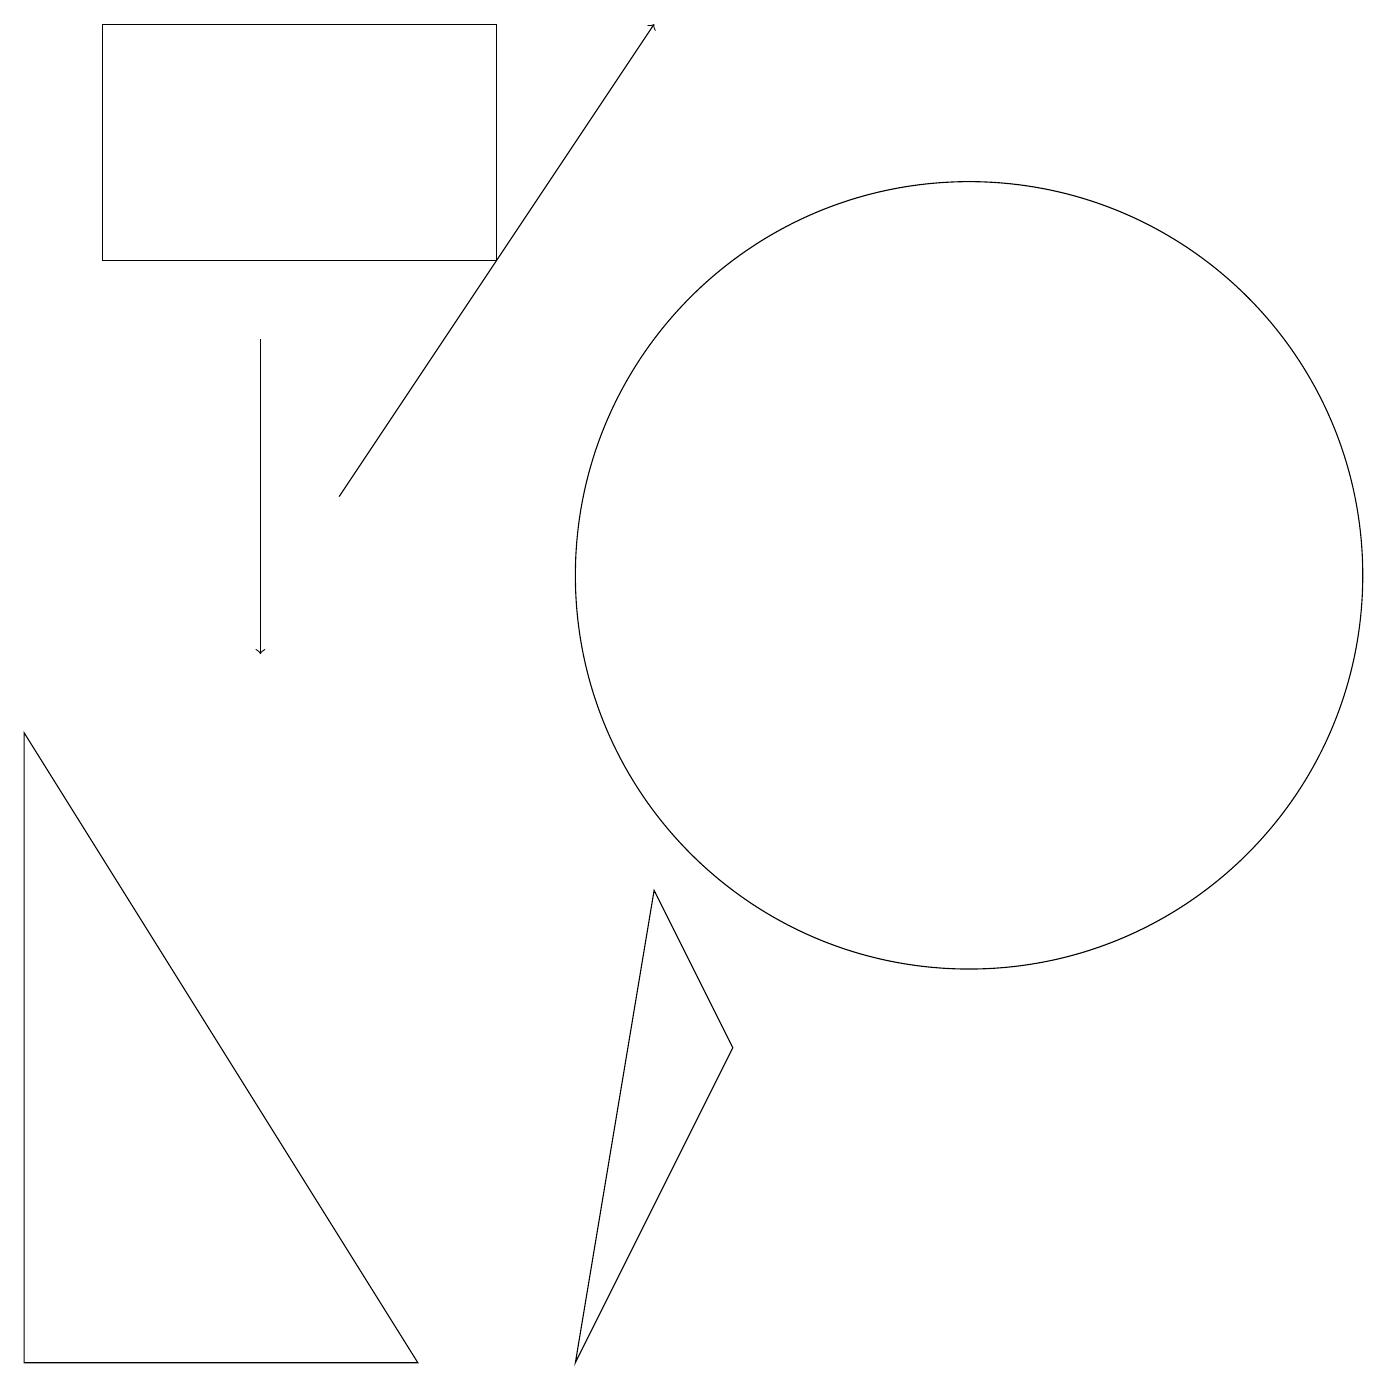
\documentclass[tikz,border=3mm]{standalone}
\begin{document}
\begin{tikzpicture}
\draw[->] (4,12) -- (8,18);
\draw (9,5) -- (7,1) -- (8,7) -- cycle;
\draw (1,18) rectangle (6,15);
\draw (12,11) circle (5);
\draw (10,12) circle (0);
\draw (0,1) -- (5,1) -- (0,9) -- cycle;
\draw[->] (3,14) -- (3,10);
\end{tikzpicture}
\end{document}